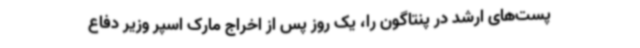
پست‌های ارشد در پنتاگون را، یک روز پس از اخراج مارک اسپر وزیر دفاع